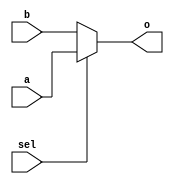
`timescale 1ns / 1ps
//////////////////////////////////////////////////////////////////////////////////
// Company: 
// Engineer: 
// 
// Design Name: 
// Module Name:    mux2to1_32 
// Project Name: 
// Target Devices: 
// Tool versions: 
// Description: 
//
// Dependencies: 
//
// Revision: 
// Revision 0.01 - File Created
// Additional Comments: 
//
//////////////////////////////////////////////////////////////////////////////////
module mux2to1_32(
input [31:0] a, 
input [31:0] b, 
input sel,
output [31:0] o
    ); 
assign o[31:0]=sel?a[31:0]:b[31:0];
endmodule